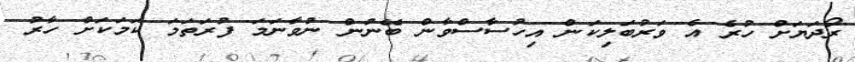
ރޯދަޔަށް ހުރެ އެ ވަރުބަލިކަން އިހުސާސްވާން ބޭނުން ނުވާނަމަ ފުރަތަމަ ކަމަކަށް ހާރު